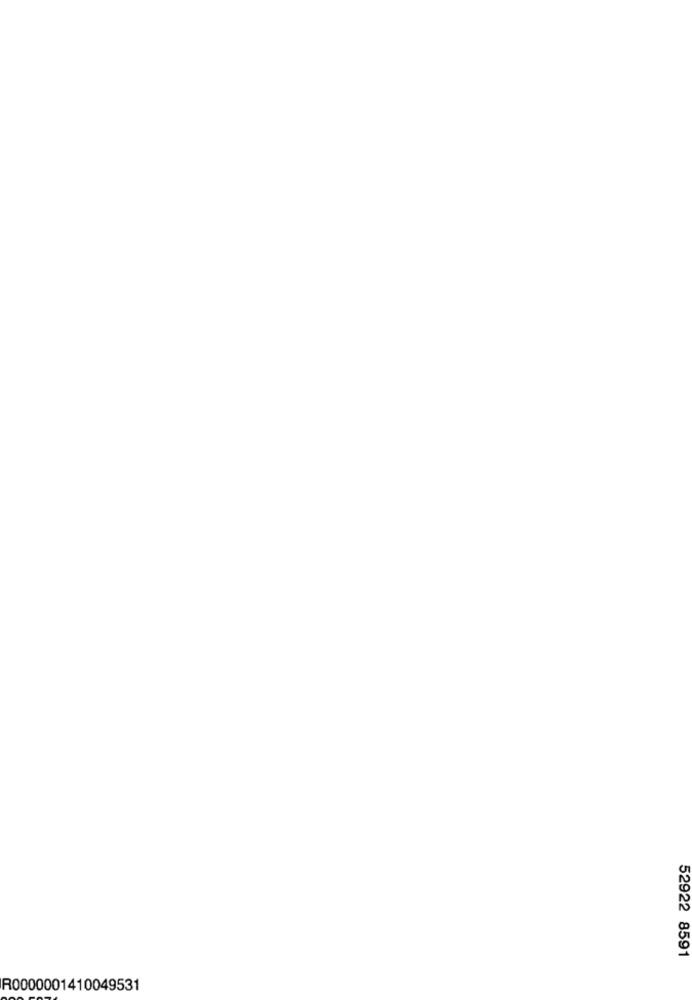
52922 8591
R0000001410049531